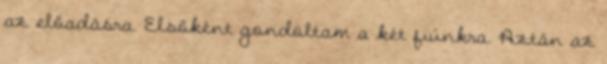
az előadásra. Elsőként gondoltam a két fiúnkra. Aztán az